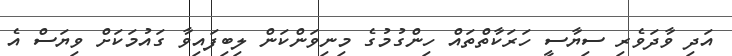
އަދި ވާދަވެރި ސިޔާސީ ހަރަކާތްތައް ހިންގުމުގެ މިނިވަންކަން ލިބިފައިވާ ގައުމަކަށް ވިޔަސް އެ